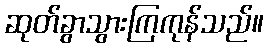
ဆုတ်ခွာသွားကြကုန်သည်။